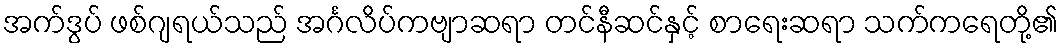
အက်ဒွပ် ဖစ်ဂျရယ်သည် အင်္ဂလိပ်ကဗျာဆရာ တင်နီဆင်နှင့် စာရေးဆရာ သက်ကရေတို့၏